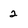
Character: 2